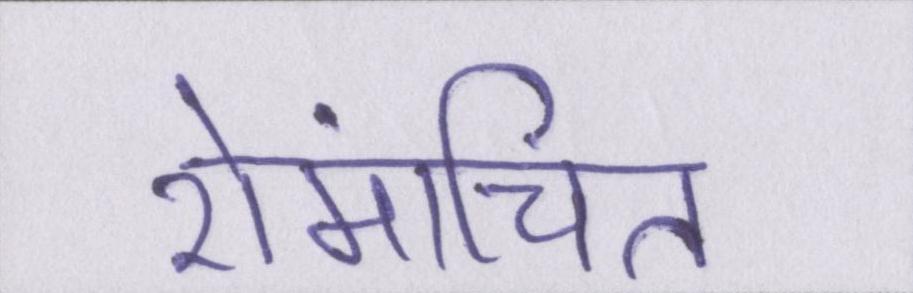
रोमांचित